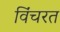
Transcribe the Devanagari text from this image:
विंचरत